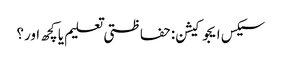
سیکس ایجوکیشن: حفاظتی تعلیم یا کچھ اور؟